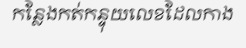
កន្លែងកត់កន្ទុយលេខដែលកាង